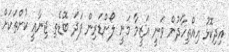
އިދިކޮޅު އިއްތިހާދުން ވަނީ އަޒީމާ މަނީ ލޯންޑަރިން ފަދަ ބޮޑެތި ޖިނާއީ ކުށްތަކަށް